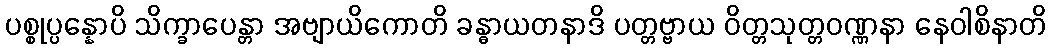
ပစ္စုပ္ပန္နောပိ သိက္ခာပေန္တာ အဗျာယိကောတိ ခန္ဓာယတနာဒိ ပတ္တဗ္ဗာယ ဝိတ္တသုတ္တဝဏ္ဏနာ နေဝါစိနာတိ